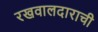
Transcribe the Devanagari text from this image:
रखवालदाराची